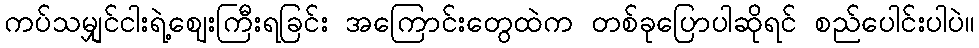
ကပ်သမျှင်ငါးရဲ့ဈေးကြီးရခြင်း အကြောင်းတွေထဲက တစ်ခုပြောပါဆိုရင် စည်ပေါင်းပါပဲ။